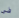
فى